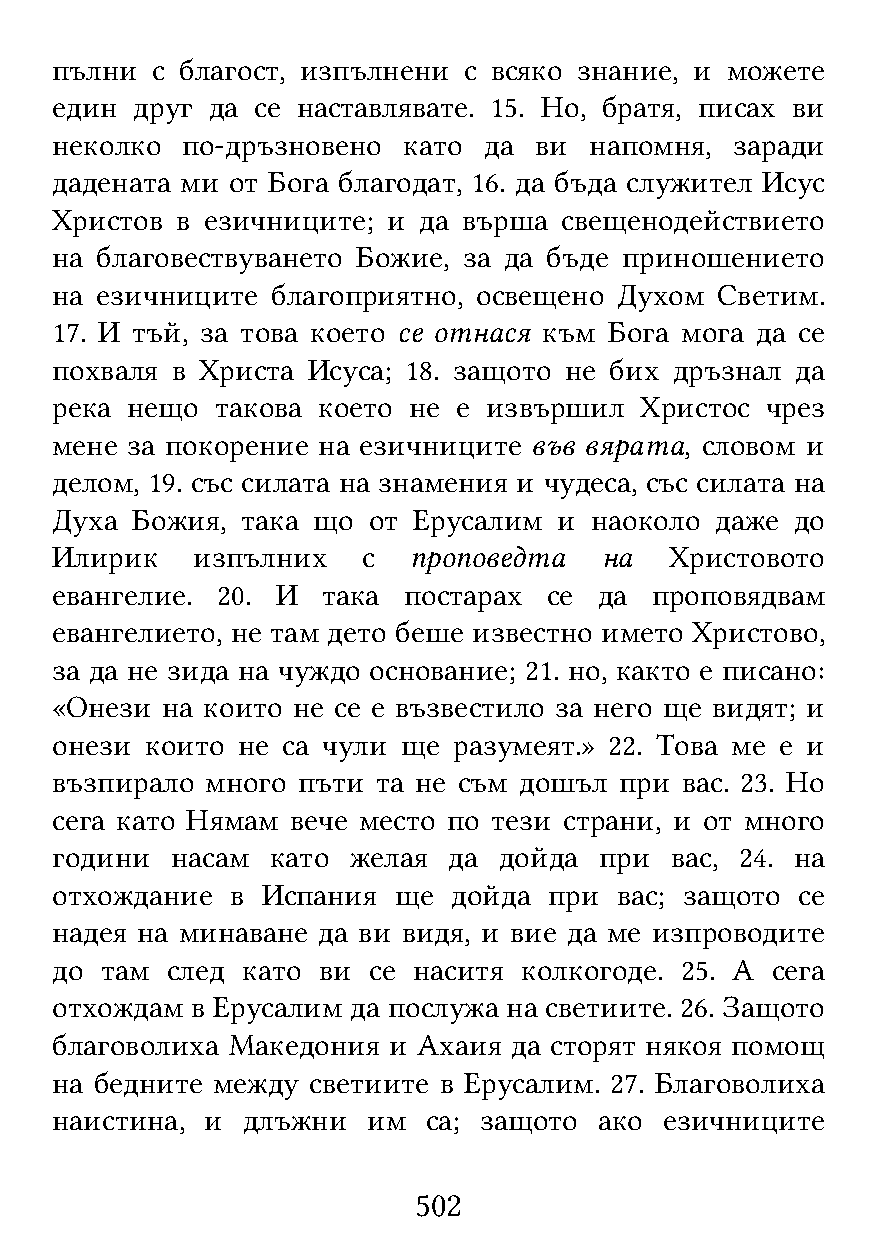
пълни  с благост, изпълнени с всяко знание, и можете
 един  друг да се наставлявате. 15. Но, братя, писах ви
 неколко  по-дръзновено  като да ви  напомня,  заради
 дадената ми от Бога благодат, 16. да бъда служител Исус
 Христов  в езичниците; и да върша свещенодействието
 на благовествуването Божие, за да бъде приношението
 на езичниците  благоприятно, освещено Духом Светим.
 17. И тъй, за това което се отнася към Бога мога да се
 похваля в Христа Исуса; 18. защото не бих дръзнал да
 река нещо  такова което не е извършил  Христос  чрез
 мене за покорение на езичниците във вярата, словом и
 делом, 19. със силата на знамения и чудеса, със силата на
 Духа  Божия, така що от Ерусалим  и наоколо даже  до
 Илирик    изпълних   с  проповедта   на  Христовото
 евангелие. 20. И  така  постарах се  да проповядвам
 евангелието, не там дето беше известно името Христово,
 за да не зида на чуждо основание; 21. но, както е писано:
 «Онези  на които не се е възвестило за него ще видят; и
 онези  които не са чули ще разумеят.» 22. Това ме е и
 възпирало  много пъти та не съм дошъл при вас. 23. Но
 сега като Нямам вече место по тези страни, и от много
 години  насам  като желая  да дойда  при вас, 24. на
 отхождание  в Испания  ще  дойда при  вас; защото се
 надея на минаване да ви видя, и вие да ме изпроводите
 до  там след като ви се наситя колкогоде. 25. А сега
 отхождам  в Ерусалим да послужа на светиите. 26. Защото
 благоволиха Македония  и Ахаия да сторят някоя помощ
 на бедните между светиите в Ерусалим. 27. Благоволиха
 наистина,  и длъжни  им  са; защото  ако езичниците
 502